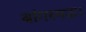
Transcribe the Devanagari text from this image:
बांगरमऊ।